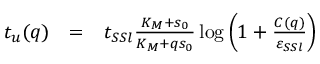
\begin{array} { r c l } { t _ { u } ( q ) } & { = } & { t _ { S S l } \frac { K _ { M } + s _ { 0 } } { K _ { M } + q s _ { 0 } } \log \left( 1 + \frac { C ( q ) } { \varepsilon _ { S S l } } \right) } \end{array}